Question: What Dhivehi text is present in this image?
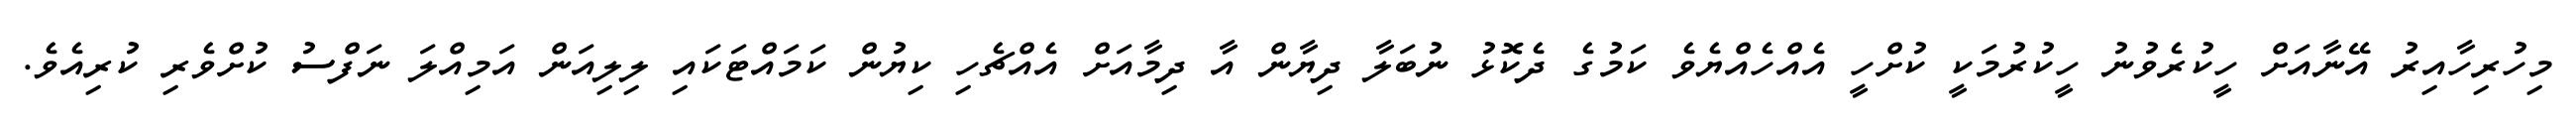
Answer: މިހުރިހާއިރު އޭނާއަށް ހީކުރެވުނު ހީކުރުމަކީ ކުށްހީ އެއްހެއްޔެވެ ކަމުގެ ދެކޮޅު ނުބަލާ ދިޔާން އާ ދިމާއަށް އެއްޗެހި ކިޔުން ކަމައްޓަކައި ލިލިއަން އަމިއްލަ ނަފްސު ކުށްވެރި ކުރިއެވެ.